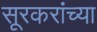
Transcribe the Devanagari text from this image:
सूरकरांच्या